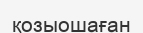
қозыошаған